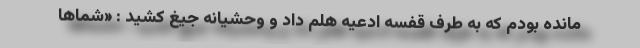
مانده بودم که به طرف قفسه ادعیه هلم داد و وحشیانه جیغ کشید : «شماها